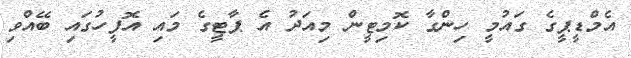
އެމްޑީޕީގެ ގައުމީ ހިންގާ ކޮމިޓީން މިއަދު އެ ޕާޓީގެ މައި އޮފީހުގައި ބޭއްވި